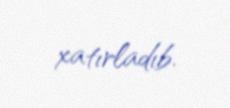
xatırladıb.